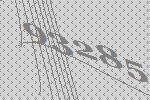
93285